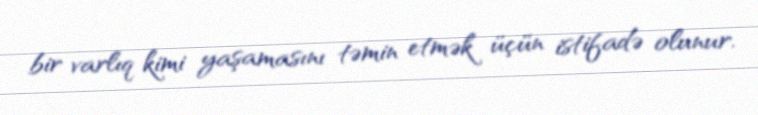
bir varlıq kimi yaşamasını təmin etmək üçün istifadə olunur.